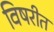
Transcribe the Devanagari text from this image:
विषरीत